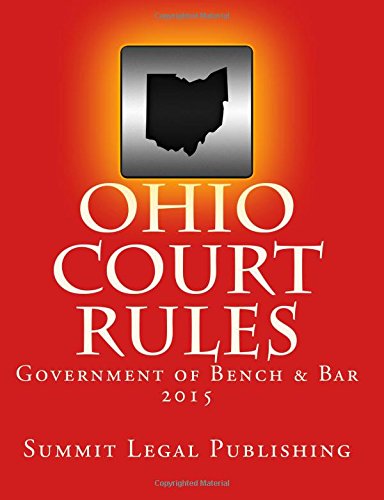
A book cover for Ohio Court Rules 2015, Government of Bench & Bar; Summit Legal Publishing; Law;